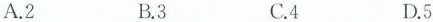
A.2 B.3 C.4 D.5